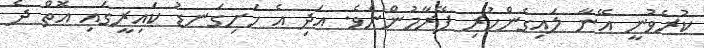
ކުރެވުނީ އޭނާ ލައިގެންހުރި ފޭރާމުންނެވެ. އަދި އެ ހަށިގަނޑު ކައިރީގައި އޮތް ދެ